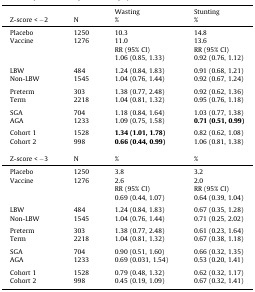
<table><thead><tr><td></td><td></td><td><b>Wasting</b></td><td><b>Stunting</b></td></tr><tr><td><b>Z-score &lt; −2</b></td><td><b>N</b></td><td><b>%</b></td><td><b>%</b></td></tr></thead><tbody><tr><td>Placebo</td><td>1250</td><td>10.3</td><td>14.8</td></tr><tr><td>Vaccine</td><td>1276</td><td>11.0</td><td>13.6</td></tr><tr><td></td><td></td><td>RR (95% CI)</td><td>RR (95% CI)</td></tr><tr><td></td><td></td><td>1.06 (0.85, 1.33)</td><td>0.92 (0.76, 1.12)</td></tr><tr><td colspan="4">  </td></tr><tr><td>LBW</td><td>484</td><td>1.24 (0.84, 1.83)</td><td>0.91 (0.68, 1.21)</td></tr><tr><td>Non-LBW</td><td>1545</td><td>1.04 (0.76, 1.44)</td><td>0.92 (0.67, 1.24)</td></tr><tr><td colspan="4">  </td></tr><tr><td>Preterm</td><td>303</td><td>1.38 (0.77, 2.48)</td><td>0.92 (0.62, 1.36)</td></tr><tr><td>Term</td><td>2218</td><td>1.04 (0.81, 1.32)</td><td>0.95 (0.76, 1.18)</td></tr><tr><td colspan="4">  </td></tr><tr><td>SGA</td><td>704</td><td>1.18 (0.84, 1.64)</td><td>1.03 (0.77, 1.38)</td></tr><tr><td>AGA</td><td>1233</td><td>1.09 (0.75, 1.58)</td><td><b>0.71 (0.51, 0.99)</b></td></tr><tr><td colspan="4">  </td></tr><tr><td>Cohort 1</td><td>1528</td><td><b>1.34 (1.01, 1.78)</b></td><td>0.82 (0.62, 1.08)</td></tr><tr><td>Cohort 2</td><td>998</td><td><b>0.66 (0.44, 0.99)</b></td><td>1.06 (0.81, 1.38)</td></tr><tr><td colspan="4">  </td></tr><tr><td>Z-score &lt; −3</td><td>N</td><td>%</td><td>%</td></tr><tr><td>Placebo</td><td>1250</td><td>3.8</td><td>3.2</td></tr><tr><td>Vaccine</td><td>1276</td><td>2.6</td><td>2.0</td></tr><tr><td></td><td></td><td>RR (95% CI)</td><td>RR (95% CI)</td></tr><tr><td></td><td></td><td>0.69 (0.44, 1.07)</td><td>0.64 (0.39, 1.04)</td></tr><tr><td colspan="4">  </td></tr><tr><td>LBW</td><td>484</td><td>1.24 (0.84, 1.83)</td><td>0.67 (0.35, 1.28)</td></tr><tr><td>Non-LBW</td><td>1545</td><td>1.04 (0.76, 1.44)</td><td>0.71 (0.25, 2.02)</td></tr><tr><td colspan="4">  </td></tr><tr><td>Preterm</td><td>303</td><td>1.38 (0.77, 2.48)</td><td>0.61 (0.23, 1.64)</td></tr><tr><td>Term</td><td>2218</td><td>1.04 (0.81, 1.32)</td><td>0.67 (0.38, 1.18)</td></tr><tr><td colspan="4">  </td></tr><tr><td>SGA</td><td>704</td><td>0.90 (0.51, 1.60)</td><td>0.66 (0.32, 1.35)</td></tr><tr><td>AGA</td><td>1233</td><td>0.69 (0.031, 1.54)</td><td>0.53 (0.20, 1.41)</td></tr><tr><td colspan="4">  </td></tr><tr><td>Cohort 1</td><td>1528</td><td>0.79 (0.48, 1.32)</td><td>0.62 (0.32, 1.17)</td></tr><tr><td>Cohort 2</td><td>998</td><td>0.45 (0.19, 1.09)</td><td>0.67 (0.32, 1.41)</td></tr></tbody></table>